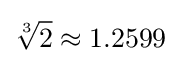
{\sqrt[{3}]{2}}\approx 1.2599